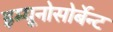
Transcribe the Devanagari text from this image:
इम्यूनोसोर्बेन्ट